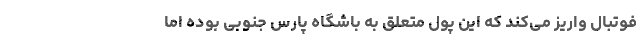
فوتبال واریز می‌کند که این پول متعلق به باشگاه پارس جنوبی بوده اما